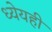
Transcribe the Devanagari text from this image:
ध्येयही